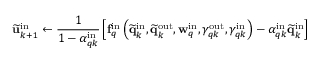
\widetilde { \mathbf { u } } _ { k + 1 } ^ { \mathrm { i n } } \gets \frac { 1 } { 1 - \alpha _ { q k } ^ { \mathrm { i n } } } \left[ \mathbf { f } _ { q } ^ { \mathrm { i n } } \left( \widetilde { \mathbf { q } } _ { k } ^ { \mathrm { i n } } , \widetilde { \mathbf { q } } _ { k } ^ { \mathrm { o u t } } , \mathbf { w } _ { q } ^ { \mathrm { i n } } , \gamma _ { q k } ^ { \mathrm { o u t } } , \gamma _ { q k } ^ { \mathrm { i n } } \right) - \alpha _ { q k } ^ { \mathrm { i n } } \widetilde { \mathbf { q } } _ { k } ^ { \mathrm { i n } } \right]